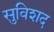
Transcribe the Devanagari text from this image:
सुविशद